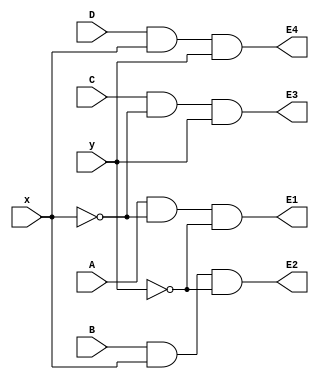
`timescale 1ns / 1ps

module mux_4_to_1(
    input x,
    input y,

    input A, 
    input B,
    input C,
    input D,

    output E1, 
    output E2,
    output E3,
    output E4
);

assign E1 = (A & (~x) & (~y));
assign E2 = (B & x    & (~y));
assign E3 = (C & (~x) & y);
assign E4 = (D & x    & y);

endmodule